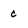
Character: c